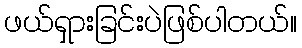
ဖယ်ရှားခြင်းပဲဖြစ်ပါတယ်။